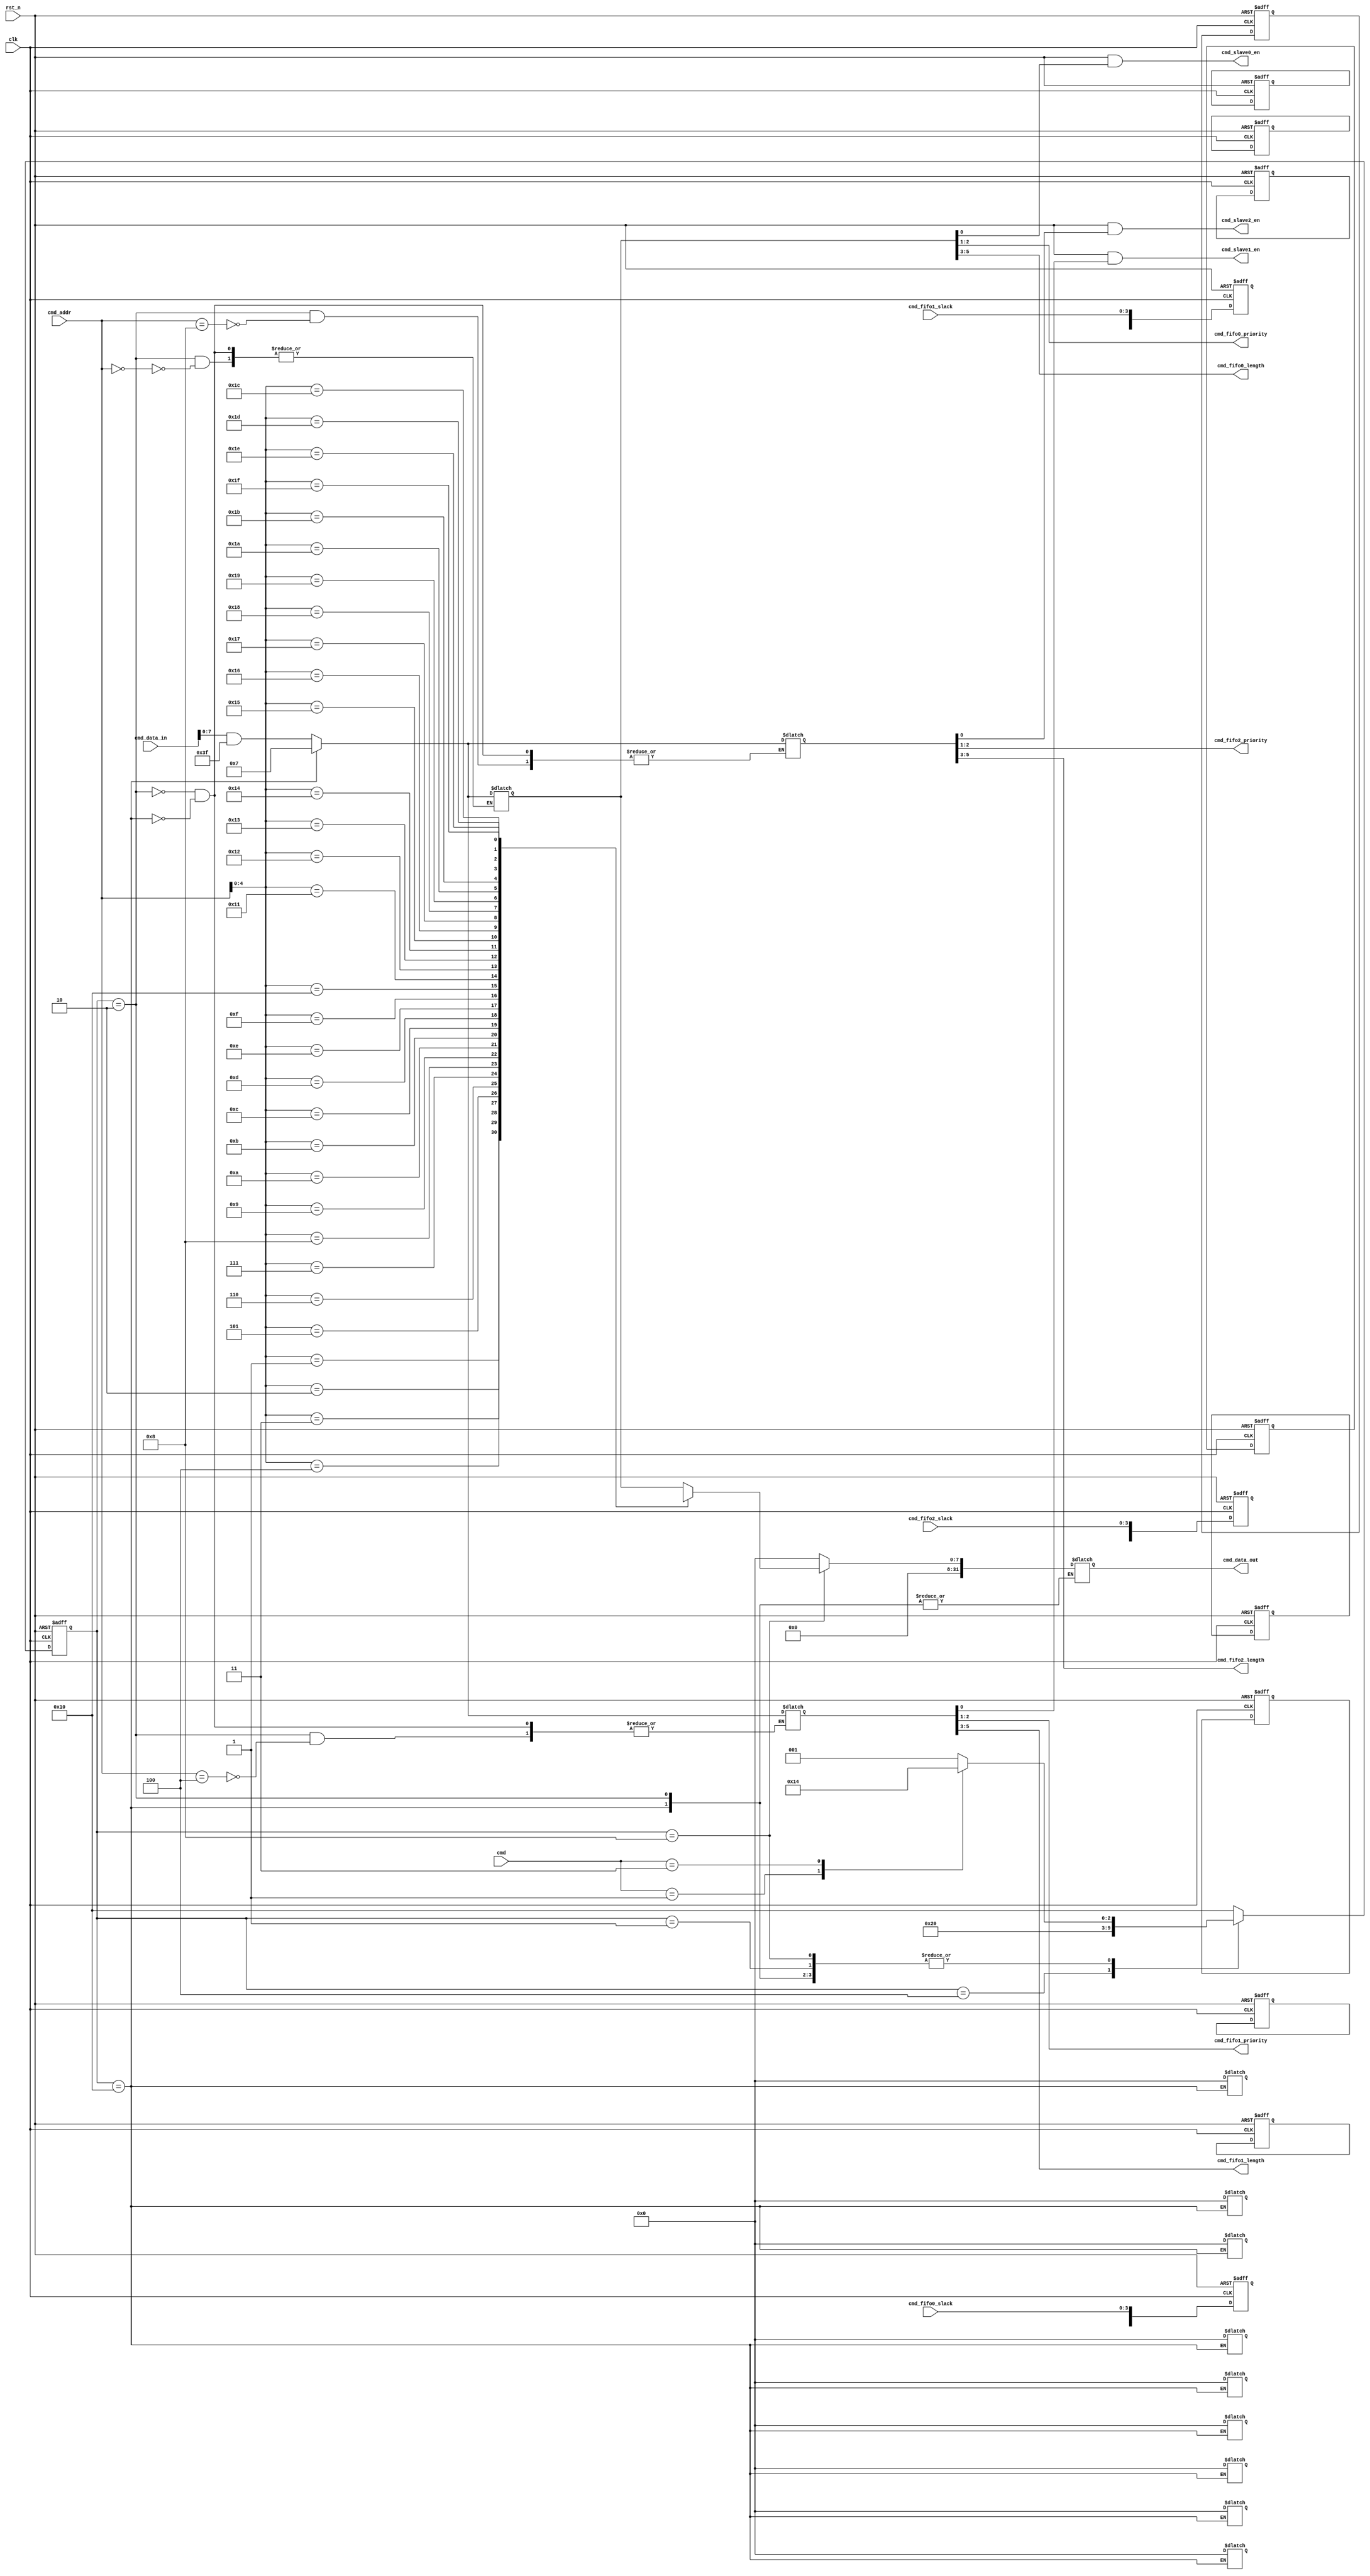
module register (
    clk,
    rst_n,
    cmd,
    cmd_addr,
    cmd_data_in,
    cmd_fifo0_slack,
    cmd_fifo1_slack,
    cmd_fifo2_slack,
    cmd_data_out,
    cmd_slave0_en,
    cmd_slave1_en,
    cmd_slave2_en,
    cmd_fifo0_priority,
    cmd_fifo1_priority,
    cmd_fifo2_priority,
    cmd_fifo0_length,
    cmd_fifo1_length,
    cmd_fifo2_length);
    
    parameter FIFO_PTR_WIDE = 2'b11;
    parameter CMD_WIDE = 6'b10_0000;
    parameter BL_WIDE = 4'b1000;
    parameter WL_WIDE = 4'b1000;
    parameter CMD_STATE_IDLE = 5'b0_0001;
    parameter CMD_STATE_WR = 5'b0_0010;
    parameter CMD_STATE_RD_PRE = 5'b0_0100;
    parameter CMD_STATE_RD = 5'b0_1000;
    parameter CMD_RST = 5'b1_0000;
    parameter IDLE = 2'b00;
    parameter WR = 2'b01;
    parameter RD = 2'b11;
    parameter FIFO0_DEPTH = 8'b000_1000;
    parameter FIFO1_DEPTH = 8'b000_1000;
    parameter FIFO2_DEPTH = 8'b000_1000;
    
    input clk;
    input rst_n;
    input [1 : 0] cmd;
    input [WL_WIDE - 1: 0] cmd_addr;
    input [CMD_WIDE - 1 : 0] cmd_data_in;
    input [FIFO_PTR_WIDE : 0] cmd_fifo0_slack;
    input [FIFO_PTR_WIDE : 0] cmd_fifo1_slack;
    input [FIFO_PTR_WIDE : 0] cmd_fifo2_slack;
    output [CMD_WIDE - 1 : 0] cmd_data_out;
    output cmd_slave0_en;
    output cmd_slave1_en;
    output cmd_slave2_en;
    output [1 : 0] cmd_fifo0_priority;
    output [1 : 0] cmd_fifo1_priority;
    output [1 : 0] cmd_fifo2_priority;
    output [2 : 0] cmd_fifo0_length;
    output [2 : 0] cmd_fifo1_length;
    output [2 : 0] cmd_fifo2_length;

    wire clk;
    wire rst_n;
    wire [1 : 0] cmd;
    wire [WL_WIDE - 1: 0] cmd_addr;
    wire [CMD_WIDE - 1 : 0] cmd_data_in;
    wire [FIFO_PTR_WIDE : 0] cmd_fifo0_slack;
    wire [FIFO_PTR_WIDE : 0] cmd_fifo1_slack;
    wire [FIFO_PTR_WIDE : 0] cmd_fifo2_slack;
    reg [CMD_WIDE - 1 : 0] cmd_data_out;
    wire cmd_slave0_en;
    wire cmd_slave1_en;
    wire cmd_slave2_en;
    wire [1 : 0] cmd_fifo0_priority;
    wire [1 : 0] cmd_fifo1_priority;
    wire [1 : 0] cmd_fifo2_priority;
    wire [2 : 0] cmd_fifo0_length;
    wire [2 : 0] cmd_fifo1_length;
    wire [2 : 0] cmd_fifo2_length;
    //internal signal
    wire [BL_WIDE - 1 : 0] ch0_ctr_signal;
    wire [BL_WIDE - 1 : 0] ch1_ctr_signal;
    wire [BL_WIDE - 1 : 0] ch2_ctr_signal;
    wire [BL_WIDE - 1 : 0] reg_fifo0_slack;
    wire [BL_WIDE - 1 : 0] reg_fifo1_slack;
    wire [BL_WIDE - 1 : 0] reg_fifo2_slack;
    
    //setup a memory to store cmd
    reg [BL_WIDE - 1 : 0] reg_ram [31 : 0];
    
    //use onehot key FSM to reset & wr & idle & rd
    reg [4 : 0] current_state;
    reg [4 : 0] next_state;
    
    always @(posedge clk or negedge rst_n) begin
        if (!rst_n) current_state <= CMD_RST;
        else current_state <= next_state;
    end
    //states transfer judge
    //CMD_RST can only be started when !rst_n  verifies current_state    
    always @(current_state or cmd) begin
        case (current_state)
        CMD_STATE_IDLE : begin 
            case (cmd)
            IDLE : next_state = CMD_STATE_IDLE;
            WR : next_state = CMD_STATE_WR;
            RD : next_state = CMD_STATE_RD_PRE;
            default : next_state = CMD_STATE_IDLE;
            endcase
        end
        CMD_STATE_WR : begin 
            case (cmd)
            IDLE : next_state = CMD_STATE_IDLE;
            WR : next_state = CMD_STATE_WR;
            RD : next_state = CMD_STATE_RD_PRE;
            default : next_state = CMD_STATE_IDLE;
            endcase
        end
        CMD_STATE_RD_PRE : next_state = CMD_STATE_RD;
        CMD_STATE_RD : begin 
            case (cmd)
            IDLE : next_state = CMD_STATE_IDLE;
            WR : next_state = CMD_STATE_WR;
            RD : next_state = CMD_STATE_RD_PRE;
            default : next_state = CMD_STATE_IDLE;
            endcase
        end
        CMD_RST : begin 
            case (cmd)
            IDLE : next_state = CMD_STATE_IDLE;
            WR : next_state = CMD_STATE_WR;
            RD : next_state = CMD_STATE_RD_PRE;
            default : next_state = CMD_STATE_IDLE;
            endcase
        end
        default : next_state = CMD_RST;
        endcase
    end
    //cmd ram wr & rd
    always @(current_state or cmd) begin
        case (current_state)
        CMD_STATE_IDLE : cmd_data_out <= 0;
        CMD_STATE_WR : begin
            //control register wr 
            case (cmd_addr) 
            8'h00 : reg_ram [8'h00] <= cmd_data_in & 8'b0011_1111;
            8'h04 : reg_ram [8'h04] <= cmd_data_in & 8'b0011_1111;
            8'h08 : reg_ram [8'h08] <= cmd_data_in & 8'b0011_1111;
            endcase
        end
        CMD_STATE_RD_PRE : cmd_data_out <= 0;
        CMD_STATE_RD : cmd_data_out <= reg_ram[cmd_addr];
        CMD_RST : begin
            //control register wr
            //0x00 channel
            reg_ram [8'h00] <= 8'b0000_0111;
            reg_ram [8'h01] <= 8'b0000_0000;
            reg_ram [8'h02] <= 8'b0000_0000;
            reg_ram [8'h03] <= 8'b0000_0000;  
            //0x04 channel
            reg_ram [8'h04] <= 8'b0000_0111;
            reg_ram [8'h05] <= 8'b0000_0000;
            reg_ram [8'h06] <= 8'b0000_0000;
            reg_ram [8'h07] <= 8'b0000_0000;  
            //0x08 channel
            reg_ram [8'h08] <= 8'b0000_0111;
            reg_ram [8'h09] <= 8'b0000_0000;
            reg_ram [8'h0A] <= 8'b0000_0000;
            reg_ram [8'h0B] <= 8'b0000_0000;
        end // CMD_RST :
        default : cmd_data_out <= 0;
        endcase        
    end
    //register control signal output
 
    //state regiser wr
    assign reg_fifo0_slack[FIFO_PTR_WIDE : 0] = cmd_fifo0_slack;
    assign reg_fifo1_slack[FIFO_PTR_WIDE : 0] = cmd_fifo1_slack;
    assign reg_fifo2_slack[FIFO_PTR_WIDE : 0] = cmd_fifo2_slack;

    always @(posedge clk or negedge rst_n) begin 
        if (!rst_n) begin
            //bit [7:0] FIFOx_depth
            reg_ram [8'h10] <= FIFO0_DEPTH;
            reg_ram [8'h11] <= 8'b0000_0000;
            reg_ram [8'h12] <= 8'b0000_0000;
            reg_ram [8'h13] <= 8'b0000_0000;
            //0x14 channel
            reg_ram [8'h14] <= FIFO1_DEPTH;
            reg_ram [8'h15] <= 8'b0000_0000;
            reg_ram [8'h16] <= 8'b0000_0000;
            reg_ram [8'h17] <= 8'b0000_0000;
            //0x18 channel
            reg_ram [8'h18] <= FIFO2_DEPTH;
            reg_ram [8'h19] <= 8'b0000_0000;
            reg_ram [8'h1A] <= 8'b0000_0000;
            reg_ram [8'h1B] <= 8'b0000_0000;
        end
        else begin
            reg_ram [8'h10] <= reg_fifo0_slack;
            reg_ram [8'h14] <= reg_fifo1_slack;
            reg_ram [8'h18] <= reg_fifo2_slack;
        end
    end
    //fifo priority output
    assign cmd_fifo0_priority = ch0_ctr_signal[2 : 1];
    assign cmd_fifo1_priority = ch1_ctr_signal[2 : 1];
    assign cmd_fifo2_priority = ch2_ctr_signal[2 : 1];
    //setup variables to keep control info byte in the ram
    assign ch0_ctr_signal = reg_ram [8'h00];
    assign ch1_ctr_signal = reg_ram [8'h04];
    assign ch2_ctr_signal = reg_ram [8'h08];
    //slave enable output
    assign cmd_slave0_en = rst_n && ch0_ctr_signal[0];
    assign cmd_slave1_en = rst_n && ch1_ctr_signal[0];
    assign cmd_slave2_en = rst_n && ch2_ctr_signal[0];
    //fifo_length output
    assign cmd_fifo0_length = ch0_ctr_signal[5 : 3];
    assign cmd_fifo1_length = ch1_ctr_signal[5 : 3];
    assign cmd_fifo2_length = ch2_ctr_signal[5 : 3];
endmodule // register